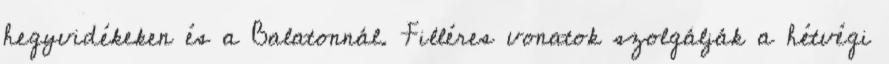
hegyvidékeken és a Balatonnál. Filléres vonatok szolgálják a hétvégi